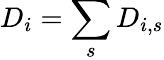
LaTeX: D_{i}=\sum_{s}D_{i,s}